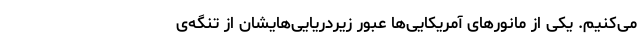
می‌کنیم. یکی از مانورهای آمریکایی‌ها عبور زیردریایی‌هایشان از تنگه‌ی